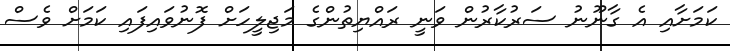
ކަމަށާއި އެ ގާނޫނު ސަރުކާރުން ވަނީ ރައްޔިތުންގެ މަޖިލީހަށް ފޮނުވައިފައި ކަމަށް ވެސް